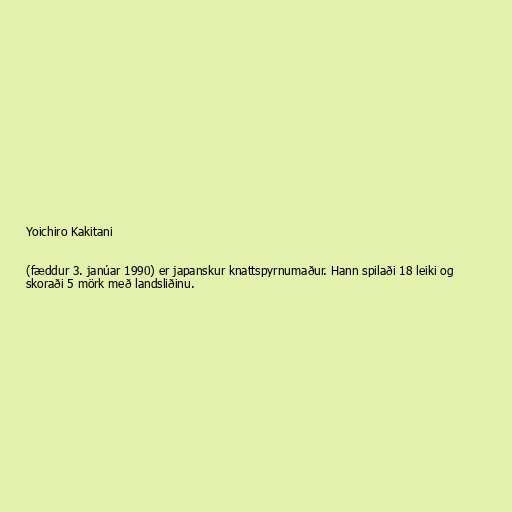
Yoichiro Kakitani

(fæddur 3. janúar 1990) er japanskur knattspyrnumaður. Hann spilaði 18 leiki og
skoraði 5 mörk með landsliðinu.